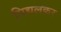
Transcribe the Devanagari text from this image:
पिद्यलकर